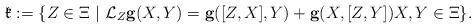
LaTeX: \begin{align*} \mathfrak{k}:=\{Z\in\Xi~|~\mathcal{L}_Z\mathbf{g}(X,Y) =\mathbf{g}([Z,X],Y)+\mathbf{g}(X,[Z,Y]) X,Y\in\Xi\}.\end{align*}